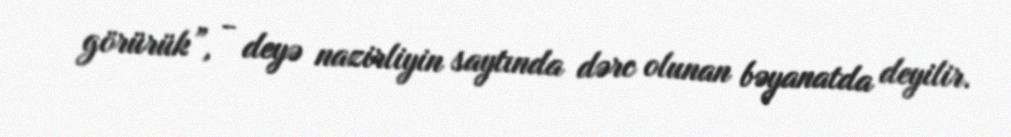
görürük”, - deyə nazirliyin saytında dərc olunan bəyanatda deyilir.